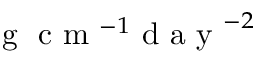
\mathrm { ~ g ~ } \mathrm { ~ c ~ m ~ } ^ { - 1 } \mathrm { ~ d ~ a ~ y ~ } ^ { - 2 }